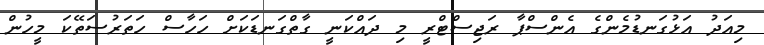
މިއަދު އަޅުގަނޑުމެންގެ އެންސްޕާ ރަޖިސްޓްރީ މި ދައްކަނީ ގާތްގަނޑަކަށް ހަހާސް ހަތަރުސަތޭކަ މީހުން